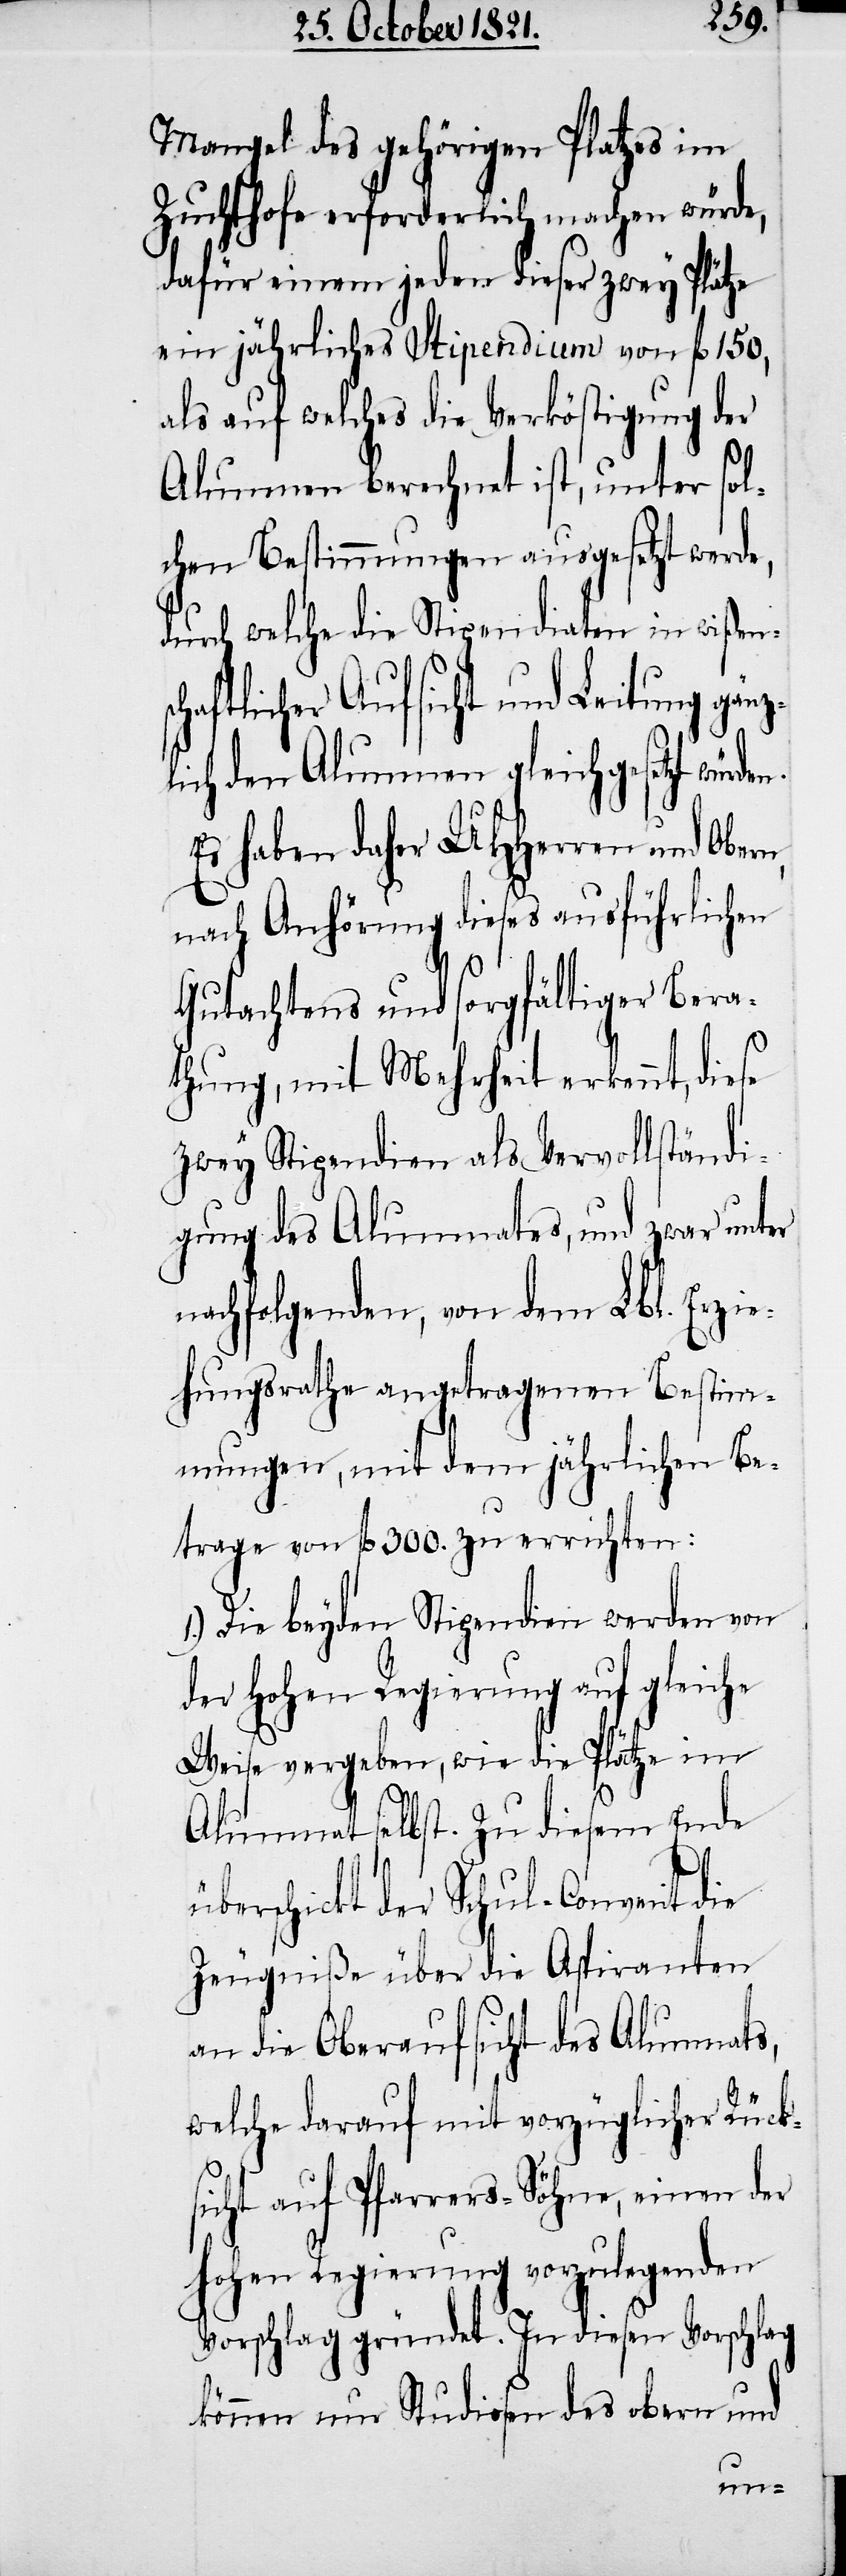
Mangel des gehörigen Platzes im
Zuchthofe erforderlich machen würde,
dafür einen jeden dieser zwey Plätze
ein jährliches Stipendium von fl. 150,
als auf welches die Verköstigung der
Alumnen berechnet ist, unter sol¬
chen Bestimmungen ausgesetzt werde,
durch welche die Stipendiaten in wißens¬
chaftlicher Aufsicht und Leitung gän¬
ich den Alumnen gleichgesetzt würd¬
Es haben daher UHHerren und Ober¬
nach Anhörung dieses ausführlichen
Gutachtens und sorgfältiger Bera¬
thung, mit Mehrheit erkennt, diese
zwey Stipendien als Vervollständi¬
gung des Alumnates, und zwar unter
nachfolgenden, von dem Lbl. Erzie¬
hungsrathe angetragenen Bestim¬
mungen, mit dem jährlichen Be¬
trage von fl. 300. zu errichten:
1.) Die beyden Stipendien werden von
der hohen Regierung auf gleiche
Weise vergeben, wie die Plätze im
Alumnat selbst. Zu diesem Ende
überschickt der Schul-Convent die
Zeugniße über die Aspiranten
an die Oberaufsicht des Aliments,
welche darauf mit vorzüglicher Rück¬
sicht auf Pfarrers-Söhne, einen der
hohen Regierung vorzulegenden
Vorschlag gründet. In diesen Vorschlag
können nur Studenten des obern und
n,